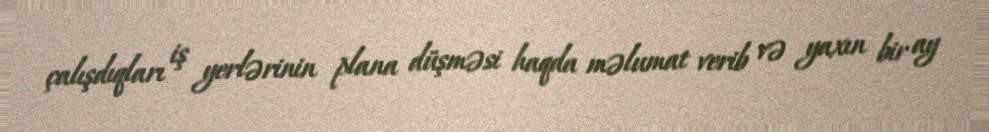
çalışdıqları iş yerlərinin plana düşməsi haqda məlumat verib və yaxın bir ay